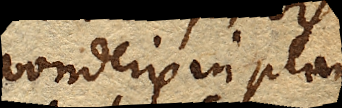
ponderis in plano